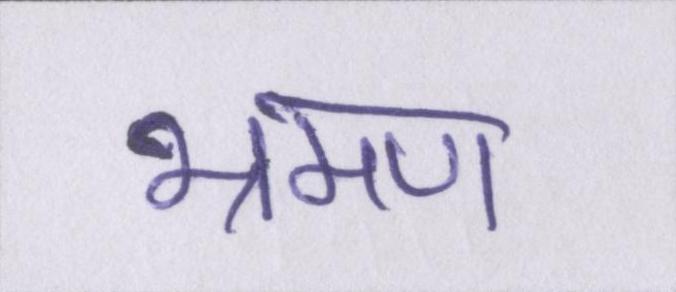
भ्रमण